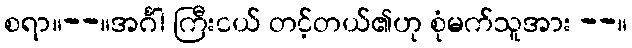
စရာ။--။အင်္ဂါ ကြီးငယ် တင့်တယ်၏ဟု စုံမက်သူအား --။